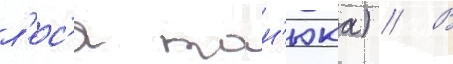
л'ес'я тан'юка) // В